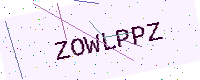
Text: ZOWLPPZ